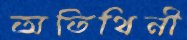
অতিথিনী